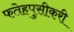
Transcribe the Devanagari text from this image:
फतेहपुसीकरी